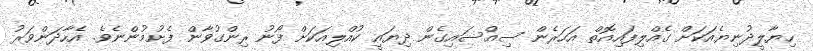
ހިޔާލީދުނިޔެއަކަށް ގެއްލިފައިއޮތް އަހަރެން ސިއްސައިގެން ދިޔައީ ކުއްލިއަކަށް ފޯނު ރިންގުވާން ފެށުމުންނެވެ. އެހާދަންވަރު